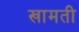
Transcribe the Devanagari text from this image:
खामती